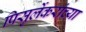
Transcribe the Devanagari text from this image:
पिसुर्लेकरांच्या